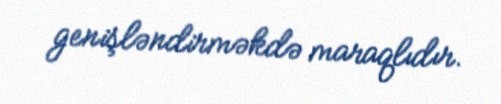
genişləndirməkdə maraqlıdır.